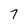
Character: 7